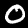
Label: 0